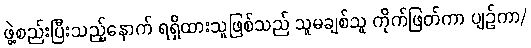
ဖွဲ့စည်းပြီးသည့်နောက် ရရှိထားသူဖြစ်သည် သူမချစ်သူ ကိုက်ဖြတ်ကာ ပျဉ်ကာ/